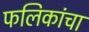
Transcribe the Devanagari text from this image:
फलिकांचा